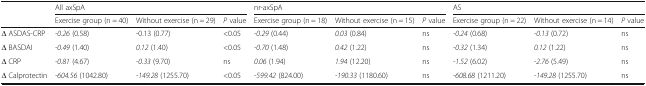
| <ROWSPAN=2>  | <COLSPAN=3> All axSpA | <COLSPAN=3> nr-axSpA | <COLSPAN=3> AS |
 | Exercise group (n = 40) | Without exercise (n = 29) | P value | Exercise group (n = 18) | Without exercise (n = 15) | P value | Exercise group (n = 22) | Without exercise (n = 14) | P value |
 | --- | --- | --- | --- | --- | --- | --- | --- | --- | --- |
 | ∆ ASDAS-CRP | -0.26 (0.58) | -0.13 (0.77) | <0.05 | -0.29 (0.44) | 0.03 (0.84) | ns | -0.24 (0.68) | -0.13 (0.72) | ns |
 | ∆ BASDAI | -0.49 (1.40) | 0.12 (1.40) | <0.05 | -0.70 (1.48) | 0.42 (1.22) | ns | -0.32 (1.34) | 0.12 (1.22) | ns |
 | ∆ CRP | -0.81 (4.67) | -0.33 (9.70) | ns | 0.06 (1.94) | 1.94 (12.20) | ns | -1.52 (6.02) | -2.76 (5.49) | ns |
 | ∆ Calprotectin | -604.56 (1042.80) | -149.28 (1255.70) | <0.05 | -599.42 (824.00) | -190.33 (1180.60) | ns | -608.68 (1211.20) | -149.28 (1255.70) | ns |